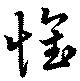
懷